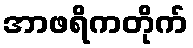
အာဖရိကတိုက်